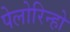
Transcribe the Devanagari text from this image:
पेलोरिन्हो